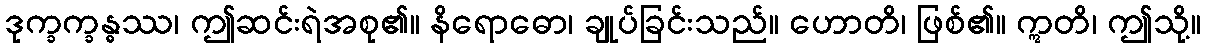
ဒုက္ခက္ခန္ဓဿ၊ ဤဆင်းရဲအစု၏။ နိရောဓော၊ ချုပ်ခြင်းသည်။ ဟောတိ၊ ဖြစ်၏။ ဣတိ၊ ဤသို့။